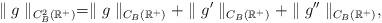
LaTeX: \begin{align*}\parallel g\parallel _{C_{B}^{2}(\mathbb{R}^{+})}=\parallel g\parallel_{C_{B}(\mathbb{R}^{+})}+\parallel g^{\prime }\parallel _{C_{B}(\mathbb{R}^{+})}+\parallel g^{\prime \prime }\parallel _{C_{B}(\mathbb{R}^{+})},\end{align*}